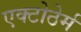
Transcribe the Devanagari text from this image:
एक्टोठेर्म